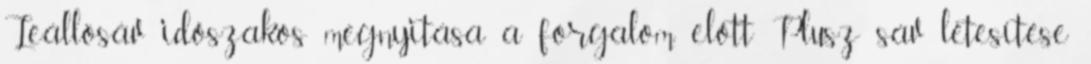
Leállósáv időszakos megnyitása a forgalom előtt Plusz sáv létesítése